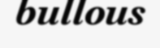
bullous